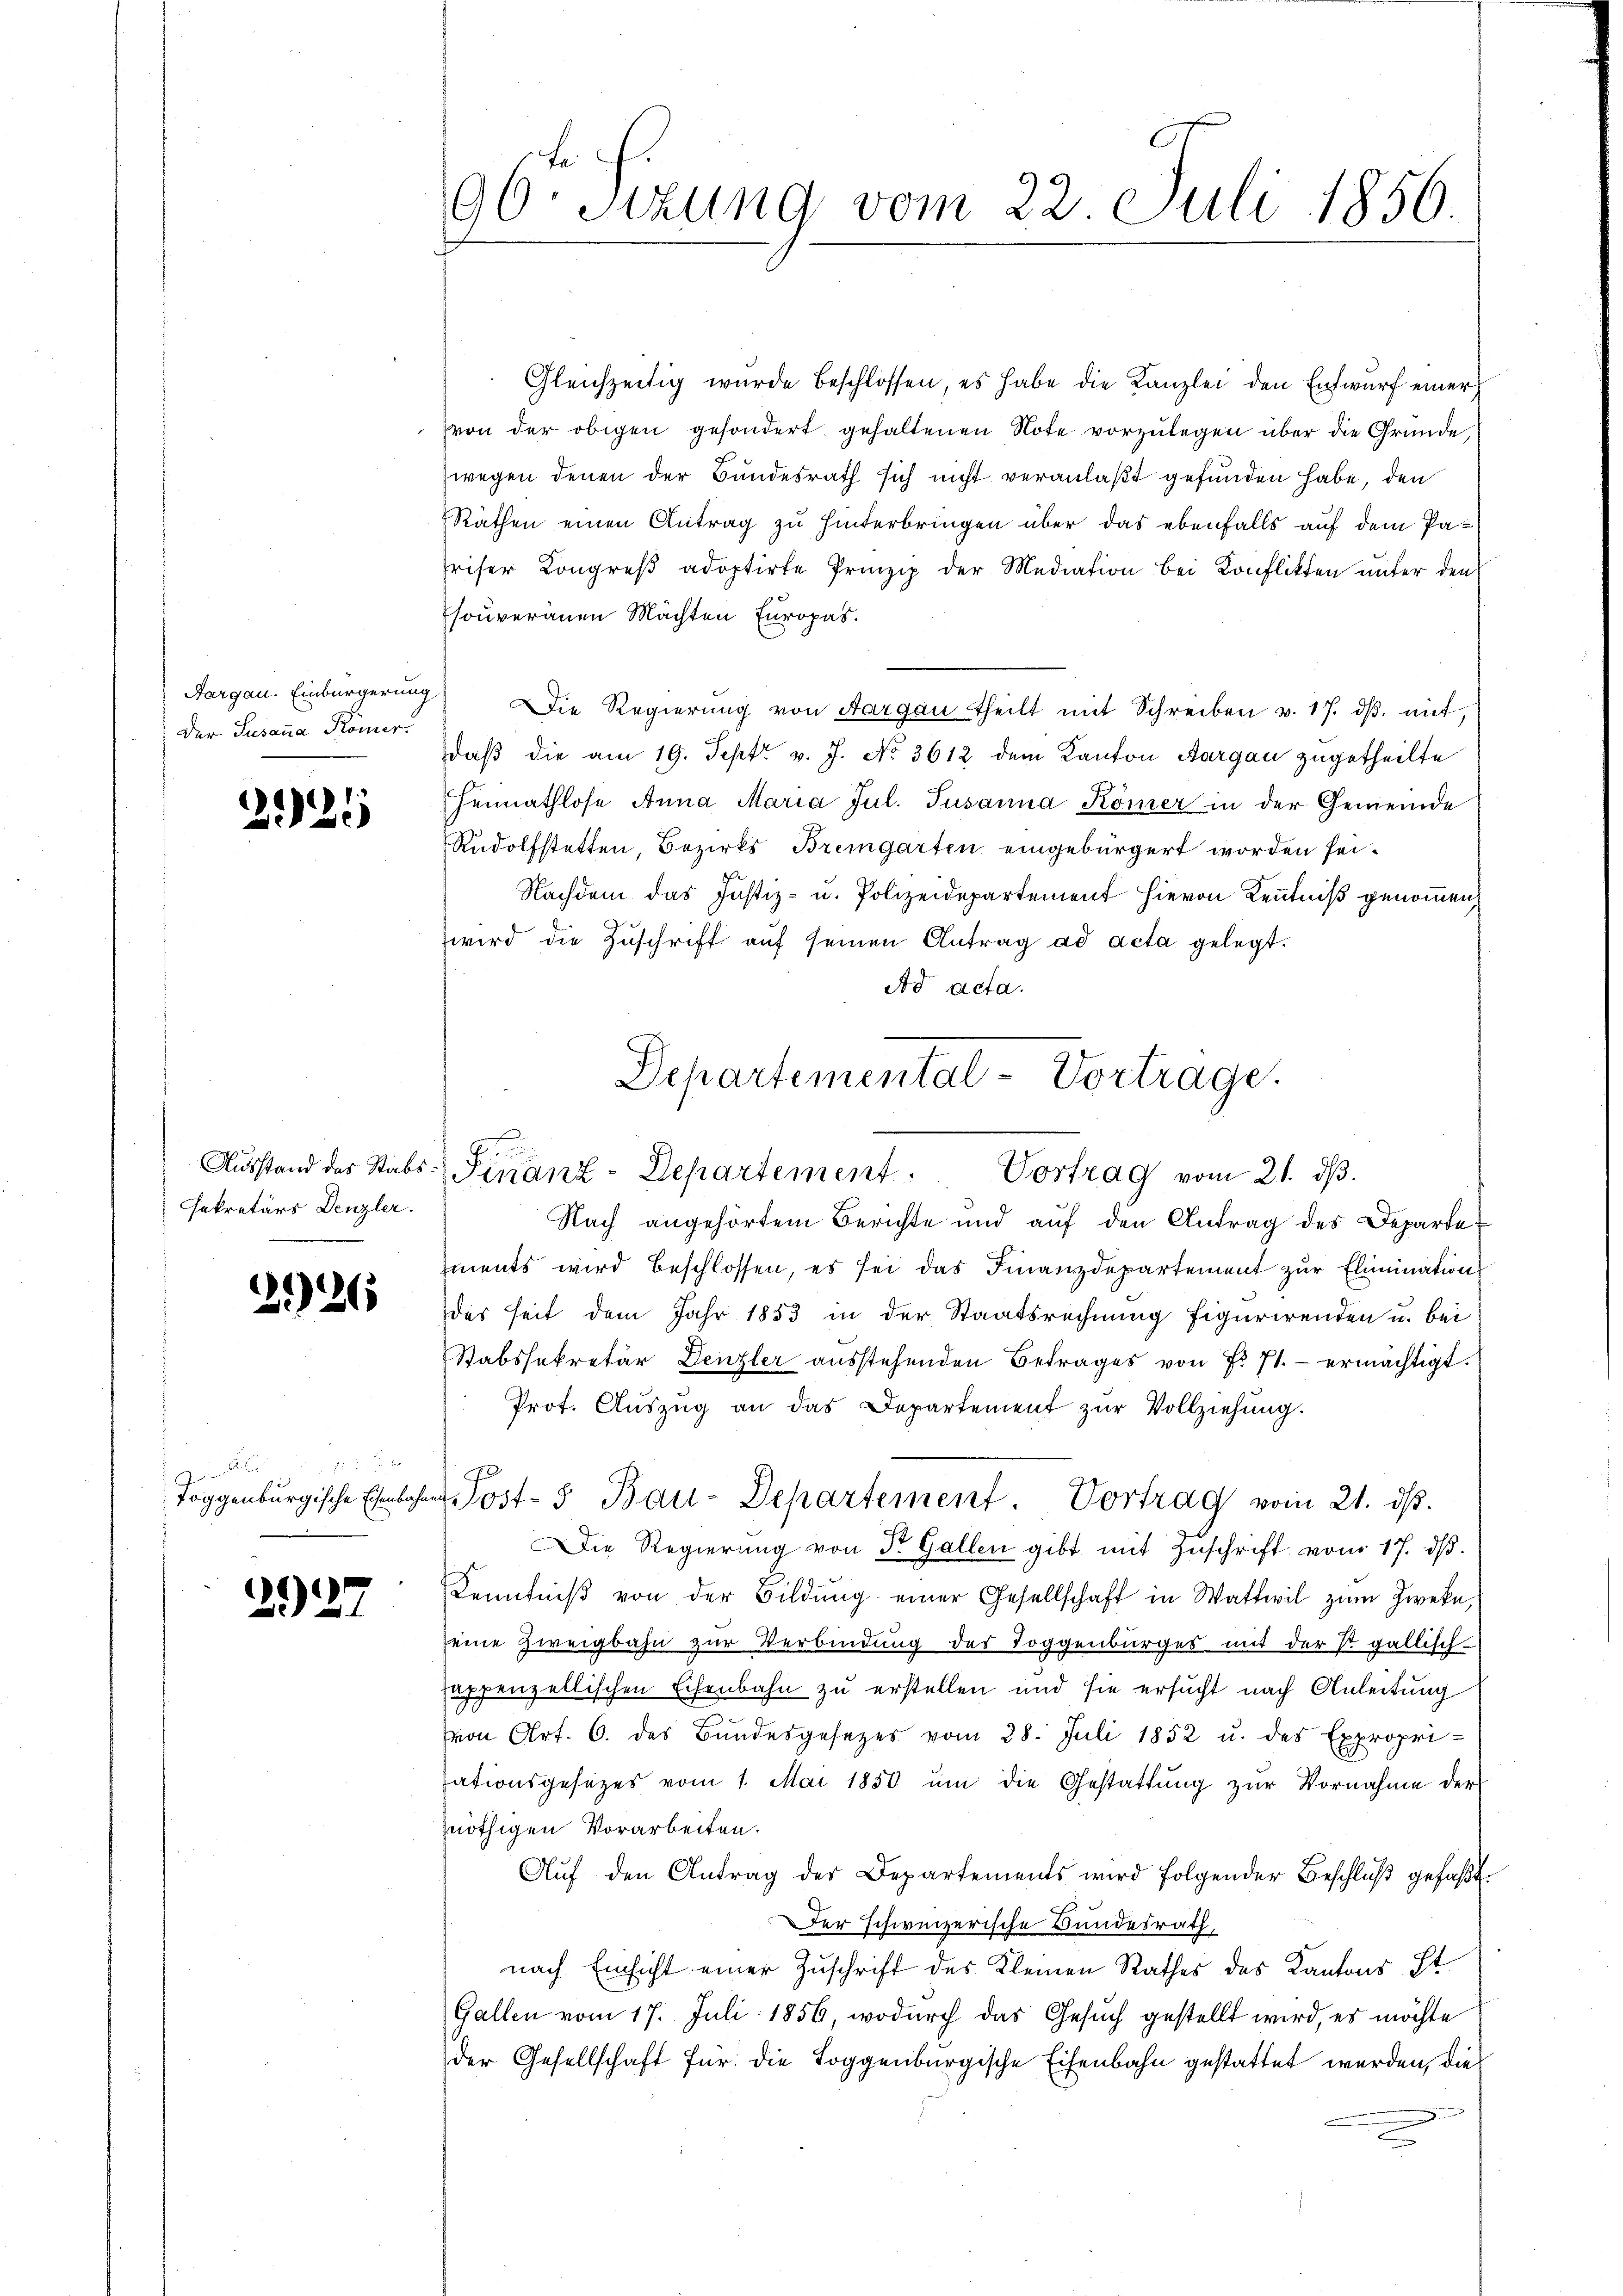
Der Susana Römer.

292.

sekretärs Denzler.

226

2

2927

Gleichzeitig wurde beschlossen, es habe die Kanzlei den Entwurf einer
von der obigen gesondert gehaltenen Note vorzulegen über die Gründe,
wegen denen der Bundesrath sich nicht veranlaßt gefunden habe, den
Räthen einen Antrag zu hinterbringen über das ebenfalls auf dem Paheiser Kongreß adoptirte Prinzip der Mediation bei Konflikten unter den
souveranen Machten Europas.
Aargau. Einbürgerung) Die Regierŭng von Aargau theilt mit Schreiben v. 17. dβ mit,
daß die am 19. Sept v. J. No 3612 dem Kanton Aargau zugetheilte
Heimathlose Anna Maria Jul. Tusanna Römer in der Gemeinde
Rudolfstetten, Bezirks Bremgarten eingebürgert worden sei.
Nachdem das Justiz- u. Polizeidepartement hievon Kenntniß genommen,
wird die Zŭschrift aŭf seinen Antrag ad acta gelegt.
Ad acta.
Nach angehörtem Berichte und auf den Antrag des Departements wird beschlossen, es sei das Finanzdepartement zur Elimination
das seit dem Jahr 1853 in der Staatsrechnung figurirenden u. bei
Stabssekretär Denzler ausstehenden Betrages von Fr. 71. - ermächtigt.
Prot. Aŭszŭg an das Departement zŭr Vollziehung.
Toggenburgische Ehenbahner Post- & Bau-Departement. Vortrag vom 21. dβ.
Die Regierung von Dr. Gallen gibt mit Zuschrift vom 17. dβ.
Kenntniβ von der Bildŭng einer Gesellschaft in Wattwil zum Zweke,
eine Zweigbahn zur Verbindung des Toggenburges mit der St. gallisch-
seppenzellischen Schenbahn zu erstellen und sie ersucht nach Anleitung
von Art. 6. des Bundesgesetzes vom 28. Juli 1852 u. des Expropri-
ationsgesetzes vom 1. Mai 1850 ŭm die Gestattŭng zŭr Vornahme der
nöthigen Vorarbeiten.
Aŭf den Antrag der Departements wird folgender Beschlŭβ gefaßt.
Der schweizerische Bundesrath,
nach Einsicht einer Zuschrift des Kleinen Rathes des Kantons ist
Gallen vom 17. Juli 1856, wodurch das Gesuch gestellt wird, es möchte
der Gesellschaft für die Toggenburgische Eisenbahn gestattet werden, die

96. Sezung vom 22. Juli 1856.

Departemental-Vortrage.
Aŭsstand des Stabs-Finanz-Departement. Vortrag vom 21. dβ.